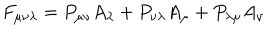
LaTeX: F _ { \mu \nu \lambda } = P _ { \mu \nu } A _ { \lambda } + P _ { \nu \lambda } A _ { \mu } + P _ { \lambda \mu } A _ { \nu }